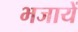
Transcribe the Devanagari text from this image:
भजायें